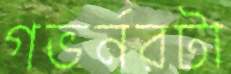
গভর্নরটা